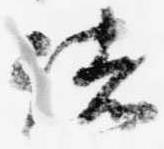
諸